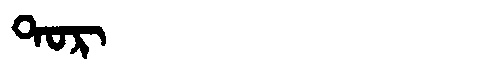
Manchu: ᡨᠣᡵ
Romanization: TOR